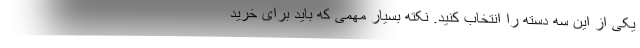
یکی از این سه دسته را انتخاب کنید. نکته بسیار مهمی که باید برای خرید